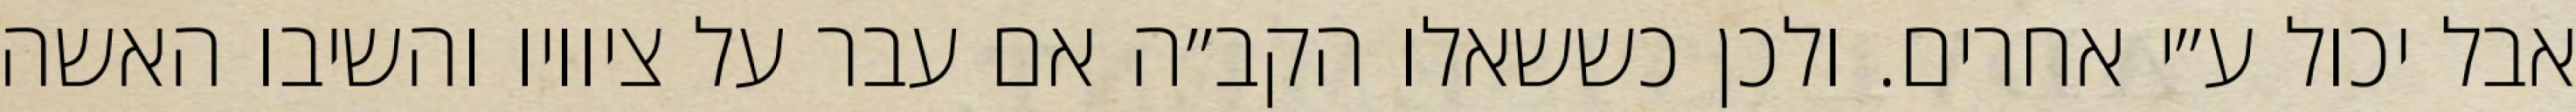
אבל יכול ע״י אחרים. ולכן כששאלו הקב״ה אם עבר על ציוויו והשיבו האשה